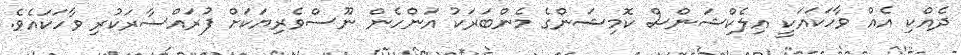
ދެއްކި އެއް ވާހަކައަކީ އިލެކްޝަންސް ކޮމިޝަންގެ މެންބަރަކު އަންހެން ނޫސްވެރިޔަކަށް ފުރައްސާރަކުރި ވާހަކައެވެ.